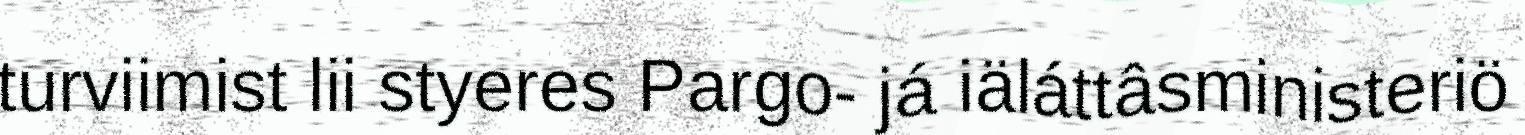
turviimist lii styeres Pargo- já iäláttâsministeriö